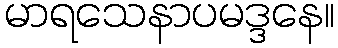
မာရသေနာပမဒ္ဒနေ။